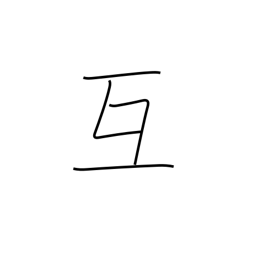
Meaning: mutually